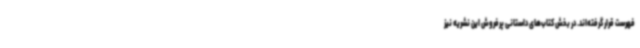
فهرست قرار گرفته‌اند. در بخش کتاب‌های داستانی پرفروش این نشریه نیز